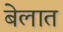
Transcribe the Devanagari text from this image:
बेलात